Annual report on the working of the mental hospitals in the Madras Presidency - 1912-1932
Year: 1912
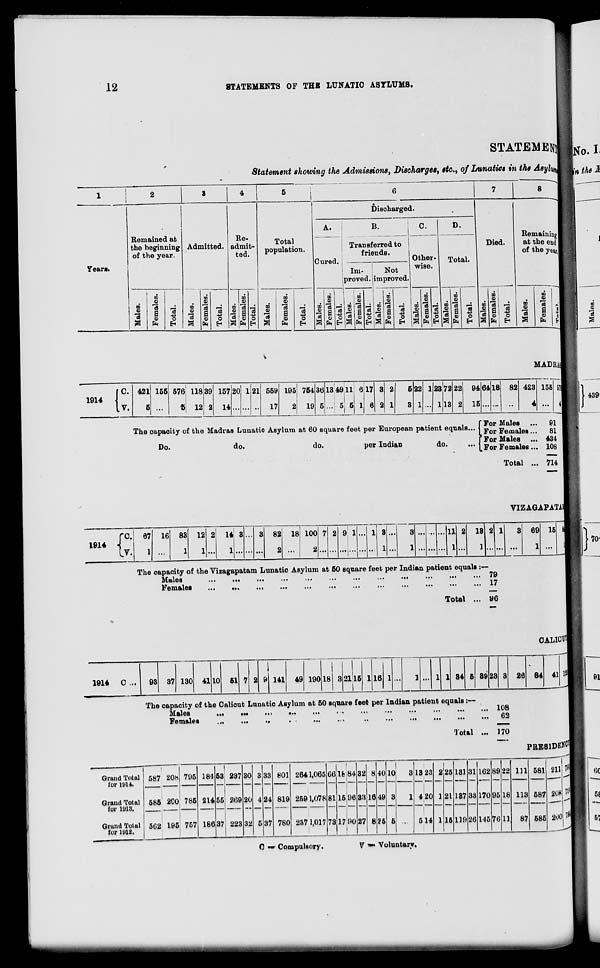
12
STATEMENTS OF THE LUNATIC ASYLUMS.
STATEMENT
Statement showing the Admissions, Discharges, etc., of Lunatics in the Asylums
1
Years.
2
Remained at
the beginning
of the year.
Males.
Females.
Total.
3
Admitted.
Males.
Females.
Total.
4
Re-
admit-
ted.
Males.
Females.
Total.
5
Total
population.
Males.
Females.
Total.
6
Discharged.
A.
Cured.
Males.
Females.
Total.
B.
Transferred to
friends.
Im-
proved
Males.
Females.
Total.
Not
improved.
Males.
Females.
Total.
C.
Other-
wise.
Males.
Females.
Total.
D.
Total.
Males.
Females.
Total.
7
Died.
Males.
Females.
Total.
8
Remaining
at the end
of the year.
Males.
Females.
Total.
MADRAS
1914 C.
V.
421
5
155
...
576
5
118
12
39
2
157
14
20
...
1
...
21
...
559
17
195
2
754
19
36
5
13
...
49
5
11
5
6
1
17
6
3
2
2
1
5
3
22
1
1
...
23
1
72
13
22
2
94
15
The capacity of the Madras Lunatic Asylum at 60 square feet per European patient equals...
Do. do. do. per Indian do. ...
64
...
18
...
82
...
423
4
For Males ...
For Females ...
For Males ...
For Females ...
Total ...
155
...
57
4
91
81
434
, 108
. 714
VIZAGAPATAM
1914
C.
V.
67
1
16
...
83
1
12
1
2
...
14
1
3
...
...
...
3
...
82
2
18
...
100
2
7
...
2
...
9
...
1
...
...
...
1
...
3
1
...
...
3
1
...
...
...
...
...
...
11
1
2
...
13
1
2
...
1
...
3
...
69
1
15
...
8
1
The capacity of the Vizagapatam Lunatic Asylum at 50 square feet per Indian patient equals:—
Males
...
...
... ... ... ... ... ... ... ... ... ...
Females ... ... ... ... ... ... ... ... ... ... ... ...
Total ...
79
17
96
CALICUT
1914 C ...
93 37 130 41 10 51 7 2 9 141 49 190 18 3 21 15 1 16 1 ...
1 ... 1 1 34 5 39 23 3 26 84 41 12
The capacity of the caliout Lunatic Asylum at 50 square feet per Indian patient equals :—
Males ... ... ... ... ... ... ... ... ... ... ... ... ... ... ...
Females ... ... ... ... ... ... ... ... ... ... ... ...
Total ...
108
62
170
PRESIDENCI
Grand Total
for 1914.
Grand Total
for 1913.
Grand Total
for 1912.
587
585
562
208
200
195
795
785
757
184
214
186
53
55
37
237
269
223
30
20
32
3
4
5
33
24
37
801
819
780
264
259
287
1,065
1,078
1,017
66
81
73
18
15
17
C = Compulsory.
84
96
90
32
33
27
8
16
8
40
49
35
10
3
5
3
1
...
18
4
5
23
20
14
2
1
1
25
21
15
131
137
119
31
33
26
162
170
145
89
95
76
22
18
11
111
113
87
581
587
585
211
208
200
792
794
782
V =Voluntary